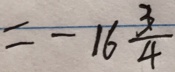
= - 1 6 \frac { 3 } { 4 }